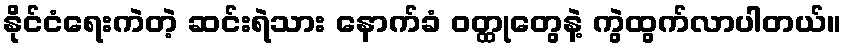
နိုင်ငံရေးကဲတဲ့ ဆင်းရဲသား နောက်ခံ ဝတ္ထုတွေနဲ့ ကွဲထွက်လာပါတယ်။